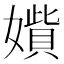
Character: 𡢍